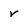
Character: v